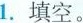
1.填空。